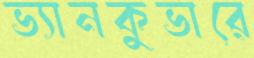
ভ্যানকুভারে